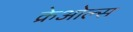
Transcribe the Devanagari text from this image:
क्रेओल्स